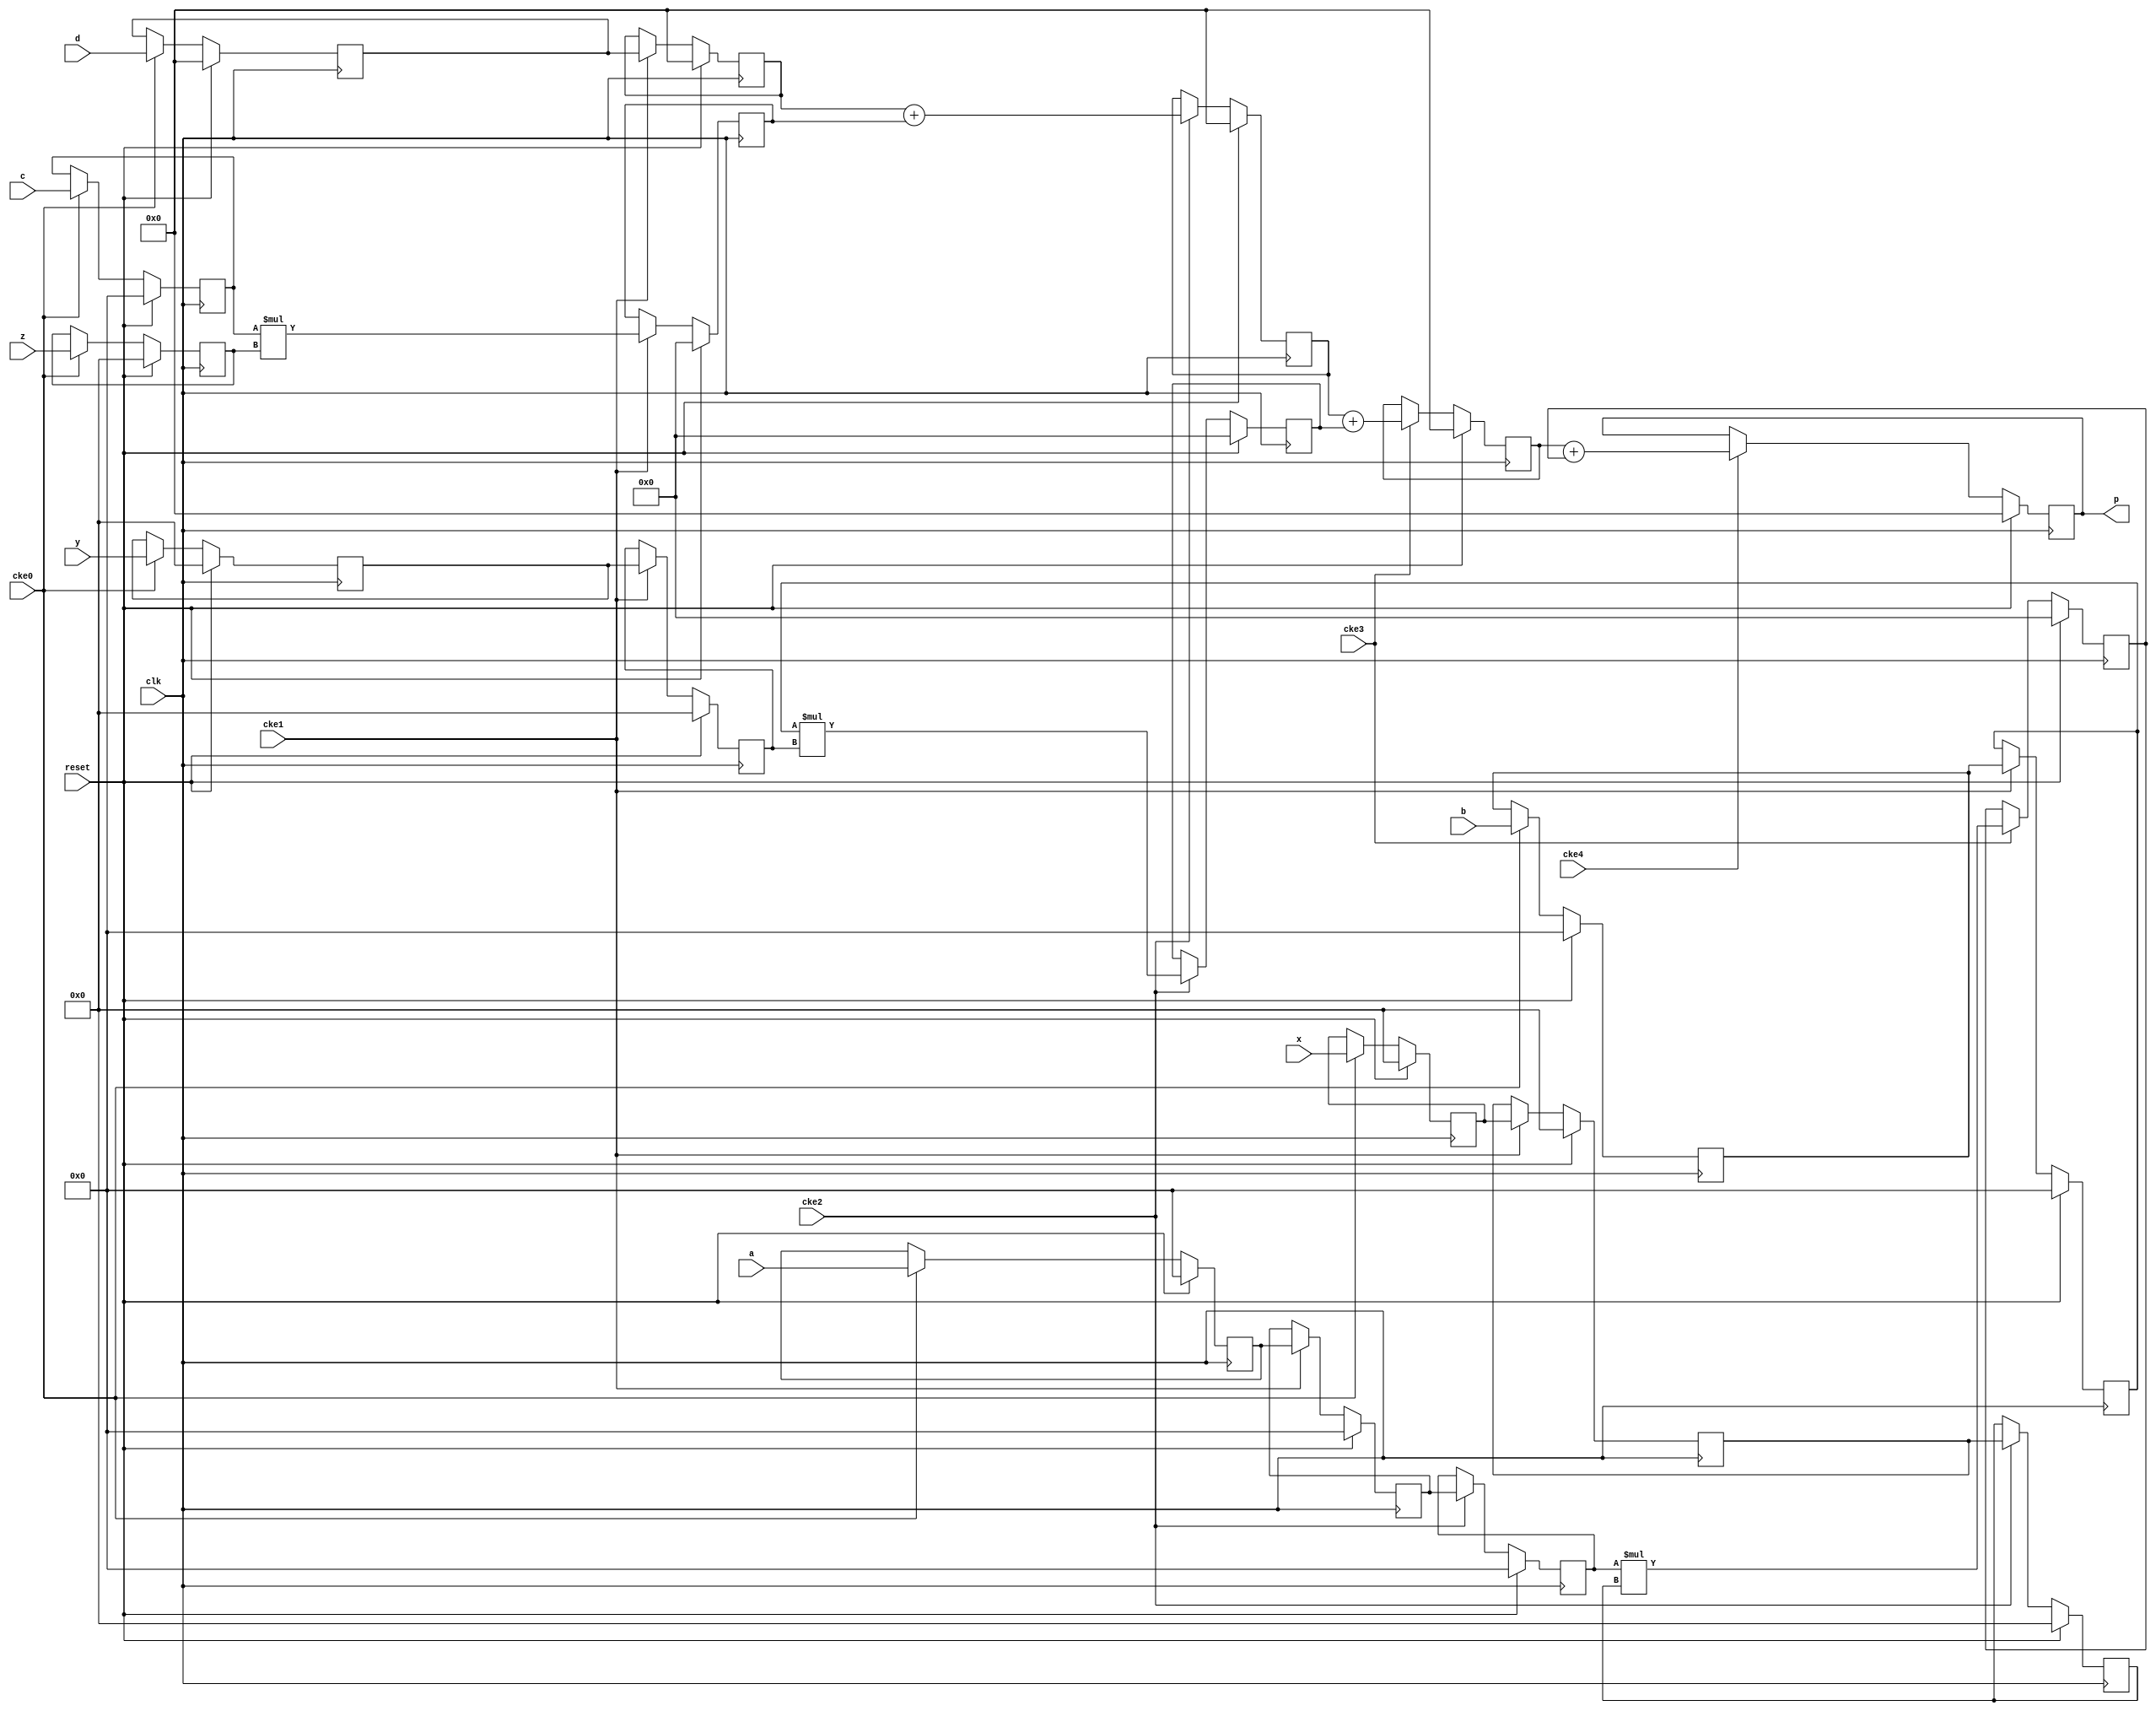
// This program was cloned from: https://github.com/ryuz/jelly
// License: MIT License

// ---------------------------------------------------------------------------
//  Jelly  -- The platform for real-time computing
//
//                                 Copyright (C) 2008-2016 by Ryuz
//                                 https://github.com/ryuz/jelly.git
// ---------------------------------------------------------------------------



`timescale 1ns / 1ps
`default_nettype none


// a*x + b*y + c*z + d
module jelly_mul_add3
        #(
            parameter   A_WIDTH      = 25,
            parameter   B_WIDTH      = 25,
            parameter   C_WIDTH      = 25,
            parameter   D_WIDTH      = 48,
            parameter   X_WIDTH      = 18,
            parameter   Y_WIDTH      = 18,
            parameter   Z_WIDTH      = 18,
            parameter   P_WIDTH      = 48,
            parameter   STATIC_COEFF = 0,       // no dynamic change A,B,C,D
            parameter   DEVICE       = "RTL"    // "RTL" or "7SERIES"
        )
        (
            input   wire                            reset,
            input   wire                            clk,
            input   wire                            cke0,
            input   wire                            cke1,
            input   wire                            cke2,
            input   wire                            cke3,
            input   wire                            cke4,
            
            input   wire    signed  [A_WIDTH-1:0]   a,
            input   wire    signed  [B_WIDTH-1:0]   b,
            input   wire    signed  [C_WIDTH-1:0]   c,
            input   wire    signed  [D_WIDTH-1:0]   d,
            input   wire    signed  [X_WIDTH-1:0]   x,
            input   wire    signed  [Y_WIDTH-1:0]   y,
            input   wire    signed  [Z_WIDTH-1:0]   z,
            
            output  wire    signed  [P_WIDTH-1:0]   p
        );
    
    
    
        
    localparam  MX_WIDTH = A_WIDTH + X_WIDTH;
    localparam  MY_WIDTH = B_WIDTH + Y_WIDTH;
    localparam  MZ_WIDTH = C_WIDTH + Z_WIDTH;
    
    // verilator lint_off WIDTH
    generate
    if ( DEVICE == "VIRTEX6" || DEVICE == "SPARTAN6" || DEVICE == "7SERIES" ) begin : blk_dsp48e1
        
        reg     signed  [A_WIDTH-1:0]   st0_a;
        reg     signed  [D_WIDTH-1:0]   st0_d;
        reg     signed  [X_WIDTH-1:0]   st0_x;
        
        always @(posedge clk) begin
            if ( reset ) begin
                st0_a <= {A_WIDTH{1'b0}};
                st0_d <= {D_WIDTH{1'b0}};
                st0_x <= {X_WIDTH{1'b0}};
            end
            else begin
                if ( cke0 ) begin
                    st0_a <= a;
                    st0_d <= d;
                    st0_x <= x;
                end
            end
        end
        
        
        wire    [47:0]          y_pcout;
        wire    [47:0]          z_pcout;
        
        jelly_mul_add_dsp48e1
                #(
                    .A_WIDTH        (B_WIDTH),
                    .B_WIDTH        (X_WIDTH),
                    .C_WIDTH        (P_WIDTH),
                    .P_WIDTH        (P_WIDTH),
                    
                    .OPMODEREG      (0),
                    .ALUMODEREG     (0),
                    .AREG           (2),
                    .BREG           (2),
                    .CREG           (0),
                    .MREG           (1),
                    .PREG           (1),
                    
                    .USE_PCIN       (1),
                    .USE_PCOUT      (0),
                    
                    .DEVICE         (DEVICE)
                )
            i_mul_add_dsp48_x
                (
                    .reset          (reset),
                    .clk            (clk),
                    
                    .cke_ctrl       (1'b0),
                    .cke_alumode    (1'b0),
                    .cke_a0         (cke1),
                    .cke_b0         (cke1),
                    .cke_a1         (cke2),
                    .cke_b1         (cke2),
                    .cke_c          (1'b0),
                    .cke_m          (cke3),
                    .cke_p          (cke4),
                    
                    .op_load        (1'b1),
                    .alu_sub        (1'b0),
                    
                    .a              (STATIC_COEFF ? a : st0_a),
                    .b              (st0_x),
                    .c              ({P_WIDTH{1'b0}}),
                    .p              (p),
                    
                    .pcin           (y_pcout),
                    .pcout          ()
                );
        
        jelly_mul_add_dsp48e1
                #(
                    .A_WIDTH        (A_WIDTH),
                    .B_WIDTH        (X_WIDTH),
                    .C_WIDTH        (P_WIDTH),
                    .P_WIDTH        (P_WIDTH),
                    
                    .OPMODEREG      (0),
                    .ALUMODEREG     (0),
                    .AREG           (2),
                    .BREG           (2),
                    .CREG           (1),
                    .MREG           (1),
                    .PREG           (1),
                    
                    .USE_PCIN       (1),
                    .USE_PCOUT      (1),
                    
                    .DEVICE         (DEVICE)
                )
            i_mul_add_dsp48_y
                (
                    .reset          (reset),
                    .clk            (clk),
                    
                    .cke_ctrl       (1'b0),
                    .cke_alumode    (1'b0),
                    .cke_a0         (cke0),
                    .cke_b0         (cke0),
                    .cke_a1         (cke1),
                    .cke_b1         (cke1),
                    .cke_c          (1'b0),
                    .cke_m          (cke2),
                    .cke_p          (cke3),
                    
                    .op_load        (1'b1),
                    .alu_sub        (1'b0),
                    
                    .a              (b),
                    .b              (y),
                    .c              ({P_WIDTH{1'b0}}),
                    .p              (),
                    
                    .pcin           (z_pcout),
                    .pcout          (y_pcout)
                );

        jelly_mul_add_dsp48e1
                #(
                    .A_WIDTH        (C_WIDTH),
                    .B_WIDTH        (Z_WIDTH),
                    .C_WIDTH        (D_WIDTH),
                    .P_WIDTH        (P_WIDTH),
                    
                    .OPMODEREG      (0),
                    .ALUMODEREG     (0),
                    .AREG           (1),
                    .BREG           (1),
                    .CREG           (1),
                    .MREG           (1),
                    .PREG           (1),
                    
                    .USE_PCIN       (0),
                    .USE_PCOUT      (1),
                    
                    .DEVICE         (DEVICE)
                )
            i_mul_add_dsp48_z
                (
                    .reset          (reset),
                    .clk            (clk),
                    
                    .cke_ctrl       (1'b0),
                    .cke_alumode    (1'b0),
                    .cke_a0         (1'b0),
                    .cke_b0         (1'b0),
                    .cke_a1         (cke0),
                    .cke_b1         (cke0),
                    .cke_c          (cke1),
                    .cke_m          (cke1),
                    .cke_p          (cke2),
                    
                    .op_load        (1'b1),
                    .alu_sub        (1'b0),
                    
                    .a              (c),
                    .b              (z),
                    .c              (STATIC_COEFF ? d : st0_d),
                    .p              (),
                    
                    .pcin           (),
                    .pcout          (z_pcout)
                );
    end
    else begin
        reg     signed  [A_WIDTH-1:0]   st0_a;
        reg     signed  [B_WIDTH-1:0]   st0_b;
        reg     signed  [C_WIDTH-1:0]   st0_c;
        reg     signed  [D_WIDTH-1:0]   st0_d;
        reg     signed  [X_WIDTH-1:0]   st0_x;
        reg     signed  [Y_WIDTH-1:0]   st0_y;
        reg     signed  [Z_WIDTH-1:0]   st0_z;
        
        reg     signed  [A_WIDTH-1:0]   st1_a;
        reg     signed  [B_WIDTH-1:0]   st1_b;
        reg     signed  [D_WIDTH-1:0]   st1_d;
        reg     signed  [X_WIDTH-1:0]   st1_x;
        reg     signed  [Y_WIDTH-1:0]   st1_y;
        reg     signed  [MZ_WIDTH-1:0]  st1_z;

        reg     signed  [A_WIDTH-1:0]   st2_a;
        reg     signed  [X_WIDTH-1:0]   st2_x;
        reg     signed  [MY_WIDTH-1:0]  st2_y;
        reg     signed  [P_WIDTH-1:0]   st2_z;
        
        reg     signed  [MX_WIDTH-1:0]  st3_x;
        reg     signed  [P_WIDTH-1:0]   st3_p;
        
        reg     signed  [P_WIDTH-1:0]   st4_p;
        
        always @(posedge clk) begin
            if ( reset ) begin
                st0_a <= {A_WIDTH{1'b0}};
                st0_b <= {B_WIDTH{1'b0}};
                st0_c <= {C_WIDTH{1'b0}};
                st0_d <= {D_WIDTH{1'b0}};
                st0_x <= {X_WIDTH{1'b0}};
                st0_y <= {Y_WIDTH{1'b0}};
                st0_z <= {Z_WIDTH{1'b0}};
                
                st1_a <= {A_WIDTH{1'b0}};
                st1_b <= {B_WIDTH{1'b0}};
                st1_d <= {D_WIDTH{1'b0}};
                st1_x <= {X_WIDTH{1'b0}};
                st1_y <= {Y_WIDTH{1'b0}};
                st1_z <= {MZ_WIDTH{1'b0}};
                
                st2_a <= {A_WIDTH{1'b0}};
                st2_x <= {X_WIDTH{1'b0}};
                st2_y <= {MY_WIDTH{1'b0}};
                st2_z <= {P_WIDTH{1'b0}};
                
                st3_x <= {MX_WIDTH{1'b0}};
                st3_p <= {P_WIDTH{1'b0}};
                
                st4_p <= {P_WIDTH{1'b0}};
            end
            else begin
                if ( cke0 ) begin
                    st0_a <= a;
                    st0_b <= b;
                    st0_c <= c;
                    st0_d <= d;
                    st0_x <= x;
                    st0_y <= y;
                    st0_z <= z;
                end
                
                if ( cke1 ) begin
                    st1_a <= STATIC_COEFF ? a : st0_a;
                    st1_b <= st0_b;
                    st1_d <= STATIC_COEFF ? d : st0_d;
                    st1_x <= st0_x;
                    st1_y <= st0_y;
                    st1_z <= st0_c * st0_z;
                end
                
                if ( cke2 ) begin
                    st2_a <= st1_a;
                    st2_x <= st1_x;
                    st2_y <= st1_b * st1_y;
                    st2_z <= st1_d + st1_z;
                end
                
                if ( cke3 ) begin
                    st3_x <= st2_a * st2_x;
                    st3_p <= st2_z + st2_y;
                end
                
                if ( cke4 ) begin
                    st4_p <= st3_p + st3_x;
                end
            end
        end
        
        assign p = st4_p;
    end
    endgenerate
    // verilator lint_on WIDTH
    
endmodule


`default_nettype wire


// end of file